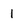
Character: I